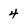
Character: 4